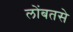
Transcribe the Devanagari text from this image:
लोंबतसे